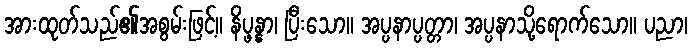
အားထုတ်သည်၏အစွမ်းဖြင့်။ နိပ္ဖန္နာ၊ ပြီးသော။ အပ္ပနာပ္ပတ္တာ၊ အပ္ပနာသို့ရောက်သော။ ပညာ၊